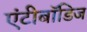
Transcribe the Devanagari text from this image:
एंटीबॉडिज